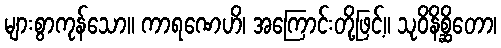
များစွာကုန်သော။ ကာရဏေဟိ၊ အကြောင်းတို့ဖြင့်။ သုဝိနိစ္ဆိတော၊